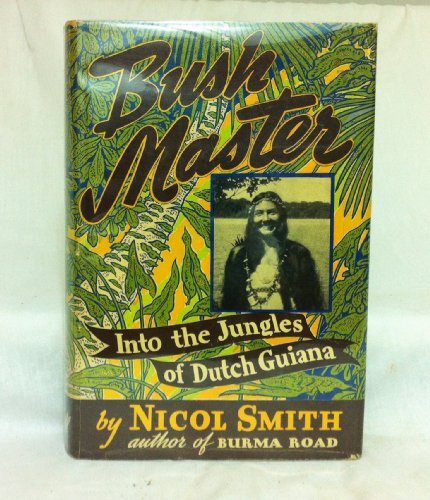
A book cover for Bush master;: Into the jungles of Dutch Guiana,; Nicol Smith; Travel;